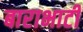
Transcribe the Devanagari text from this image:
बाराभाटी